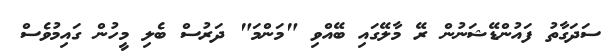
ސަދަގާތު ފައުންޑޭޝަނުން ރޭ މާލޭގައި ބޭއްވި "މަންމަ" ދަރުސް ބެލި މީހުން ގައިމުވެސް